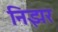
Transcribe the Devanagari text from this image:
निझर